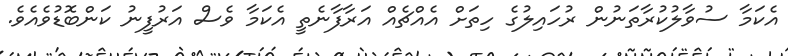
އެކަމާ ސުވާލުކުރާތަނުން ރުހައިލުގެ ހިތަށް އެއްޗެއް އަރާފާނެތީ އެކަމާ ވެސް އަރުފީނު ކަންބޮޑުވެއެވެ.